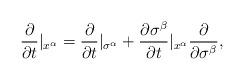
LaTeX: \begin{align*}\frac{\partial}{\partial t}|_{x^{\alpha}} = \frac{\partial}{\partial t}|_{\sigma^{\alpha}} +\frac{\partial \sigma^{\beta}}{\partial t}|_{x^{\alpha}}\frac{\partial}{\partial \sigma^{\beta}},\end{align*}